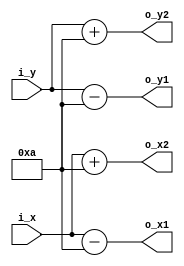
/*
   This file was generated automatically by the Mojo IDE version B1.3.6.
   Do not edit this file directly. Instead edit the original Lucid source.
   This is a temporary file and any changes made to it will be destroyed.
*/

/*
   Parameters:
     H_SIZE = 10
     D_WIDTH = 640
     D_HEIGHT = 480
     V_SIZE = 10
*/
module singleunmovingsquare_58 (
    input [10:0] i_x,
    input [10:0] i_y,
    output reg [10:0] o_x1,
    output reg [10:0] o_x2,
    output reg [10:0] o_y1,
    output reg [10:0] o_y2
  );
  
  localparam H_SIZE = 4'ha;
  localparam D_WIDTH = 10'h280;
  localparam D_HEIGHT = 9'h1e0;
  localparam V_SIZE = 4'ha;
  
  
  reg [10:0] x;
  
  reg [10:0] y;
  
  always @* begin
    x = i_x;
    y = i_y;
    o_x1 = x - 4'ha;
    o_x2 = x + 4'ha;
    o_y1 = y - 4'ha;
    o_y2 = y + 4'ha;
  end
endmodule